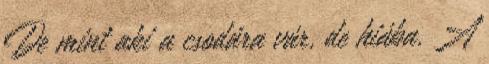
De mint aki a csodára vár, de hiába. A